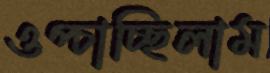
ওপ্‌চাচ্ছিলাম